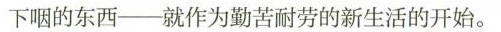
下咽的东西--就作为勤苦耐劳的新生活的开始。